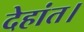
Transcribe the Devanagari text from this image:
देहांत।